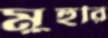
মুহুরি